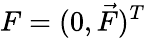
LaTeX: F=(0,\vec{F})^{T}